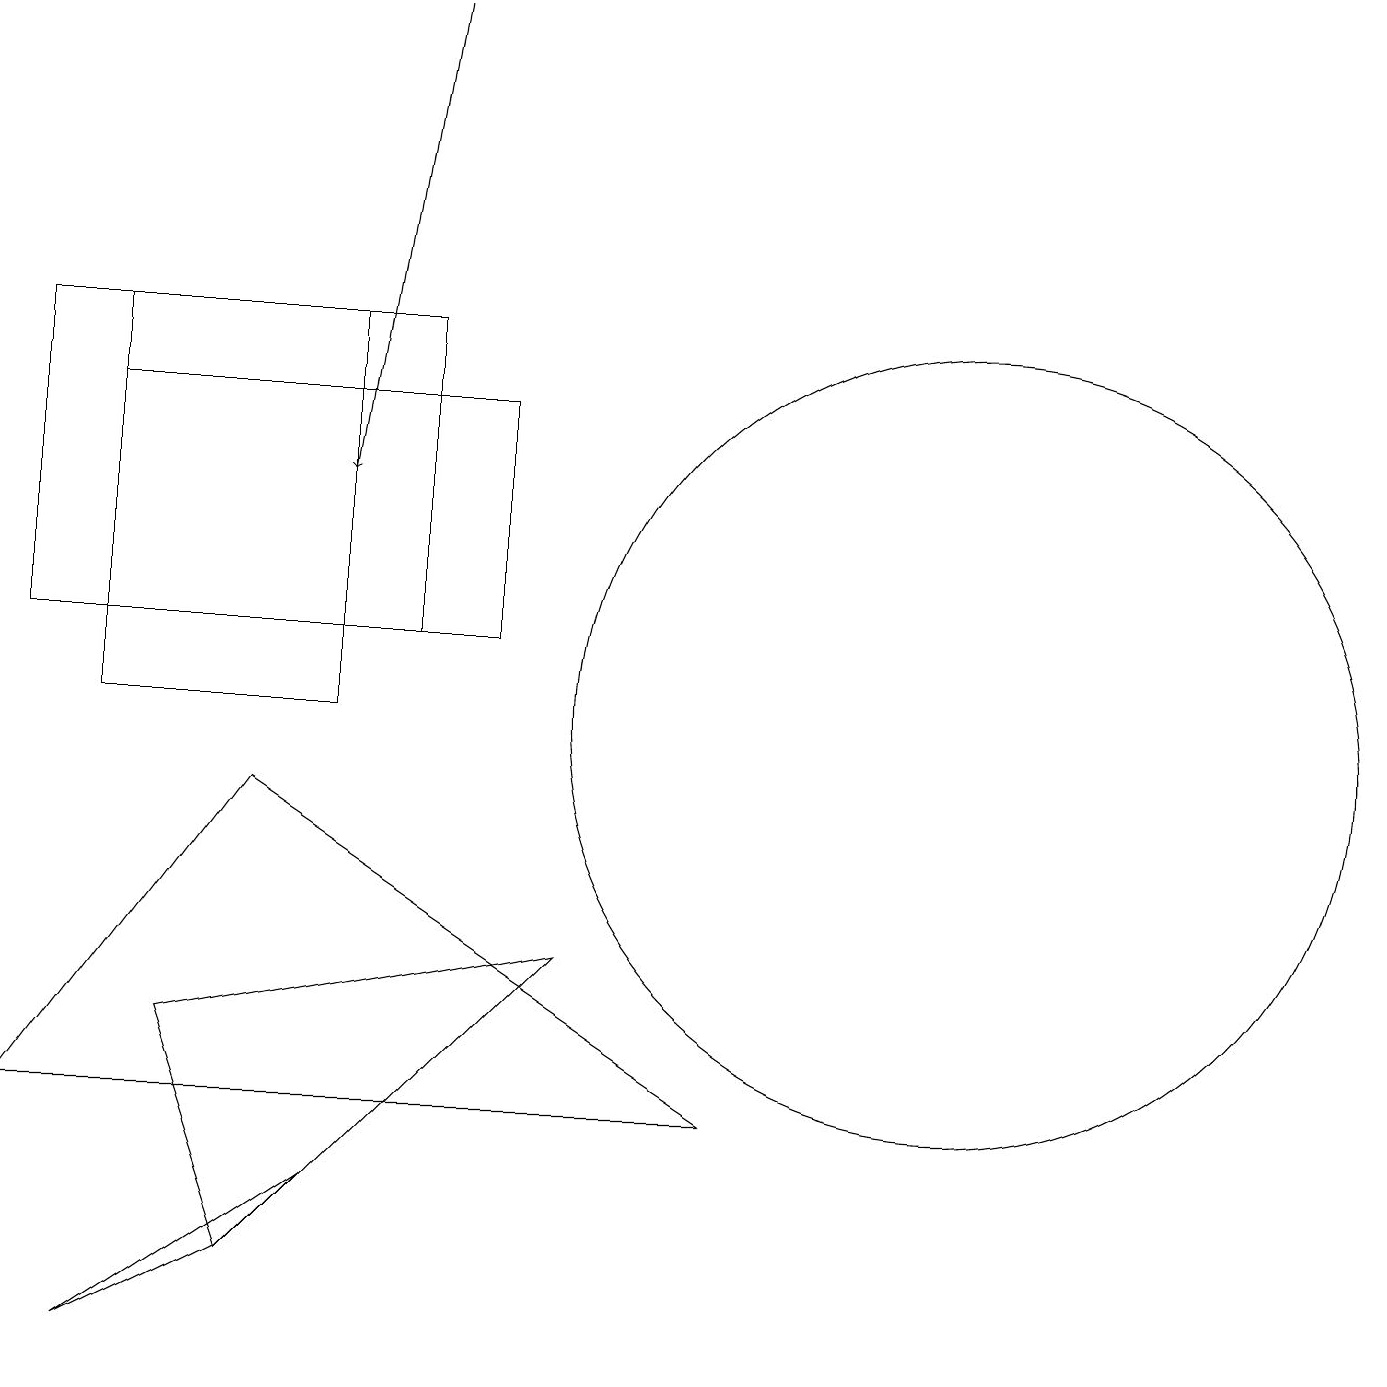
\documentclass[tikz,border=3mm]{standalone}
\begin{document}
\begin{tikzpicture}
\draw (12,10) circle (5);
\draw[->] (5,19) -- (4,13);
\draw (0,5) -- (3,9) -- (9,5) -- cycle;
\draw (1,2) -- (3,3) -- (4,4) -- cycle;
\draw (6,11) rectangle (1,14);
\draw (1,10) rectangle (4,15);
\draw (2,6) -- (7,7) -- (3,3) -- cycle;
\draw (0,15) rectangle (5,11);
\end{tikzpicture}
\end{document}